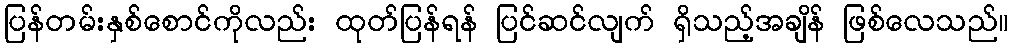
ပြန်တမ်းနှစ်စောင်ကိုလည်း ထုတ်ပြန်ရန် ပြင်ဆင်လျက် ရှိသည့်အချိန် ဖြစ်လေသည်။